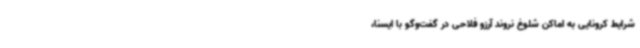
شرایط کرونایی به اماکن شلوغ نروند آرزو فلاحی در گفت‌وگو با ایسنا،